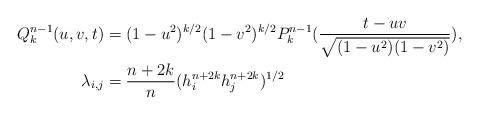
LaTeX: \begin{align*}Q_k^{n-1}(u,v,t) &= (1-u^2)^{k/2} (1-v^2)^{k/2} P_k^{n-1}(\frac{t-uv}{\sqrt{(1-u^2)(1-v^2)}}), \\\lambda_{i,j} &= \frac{n+2k}{n} (h^{n+2k}_i h^{n+2k}_j)^{1/2}\end{align*}